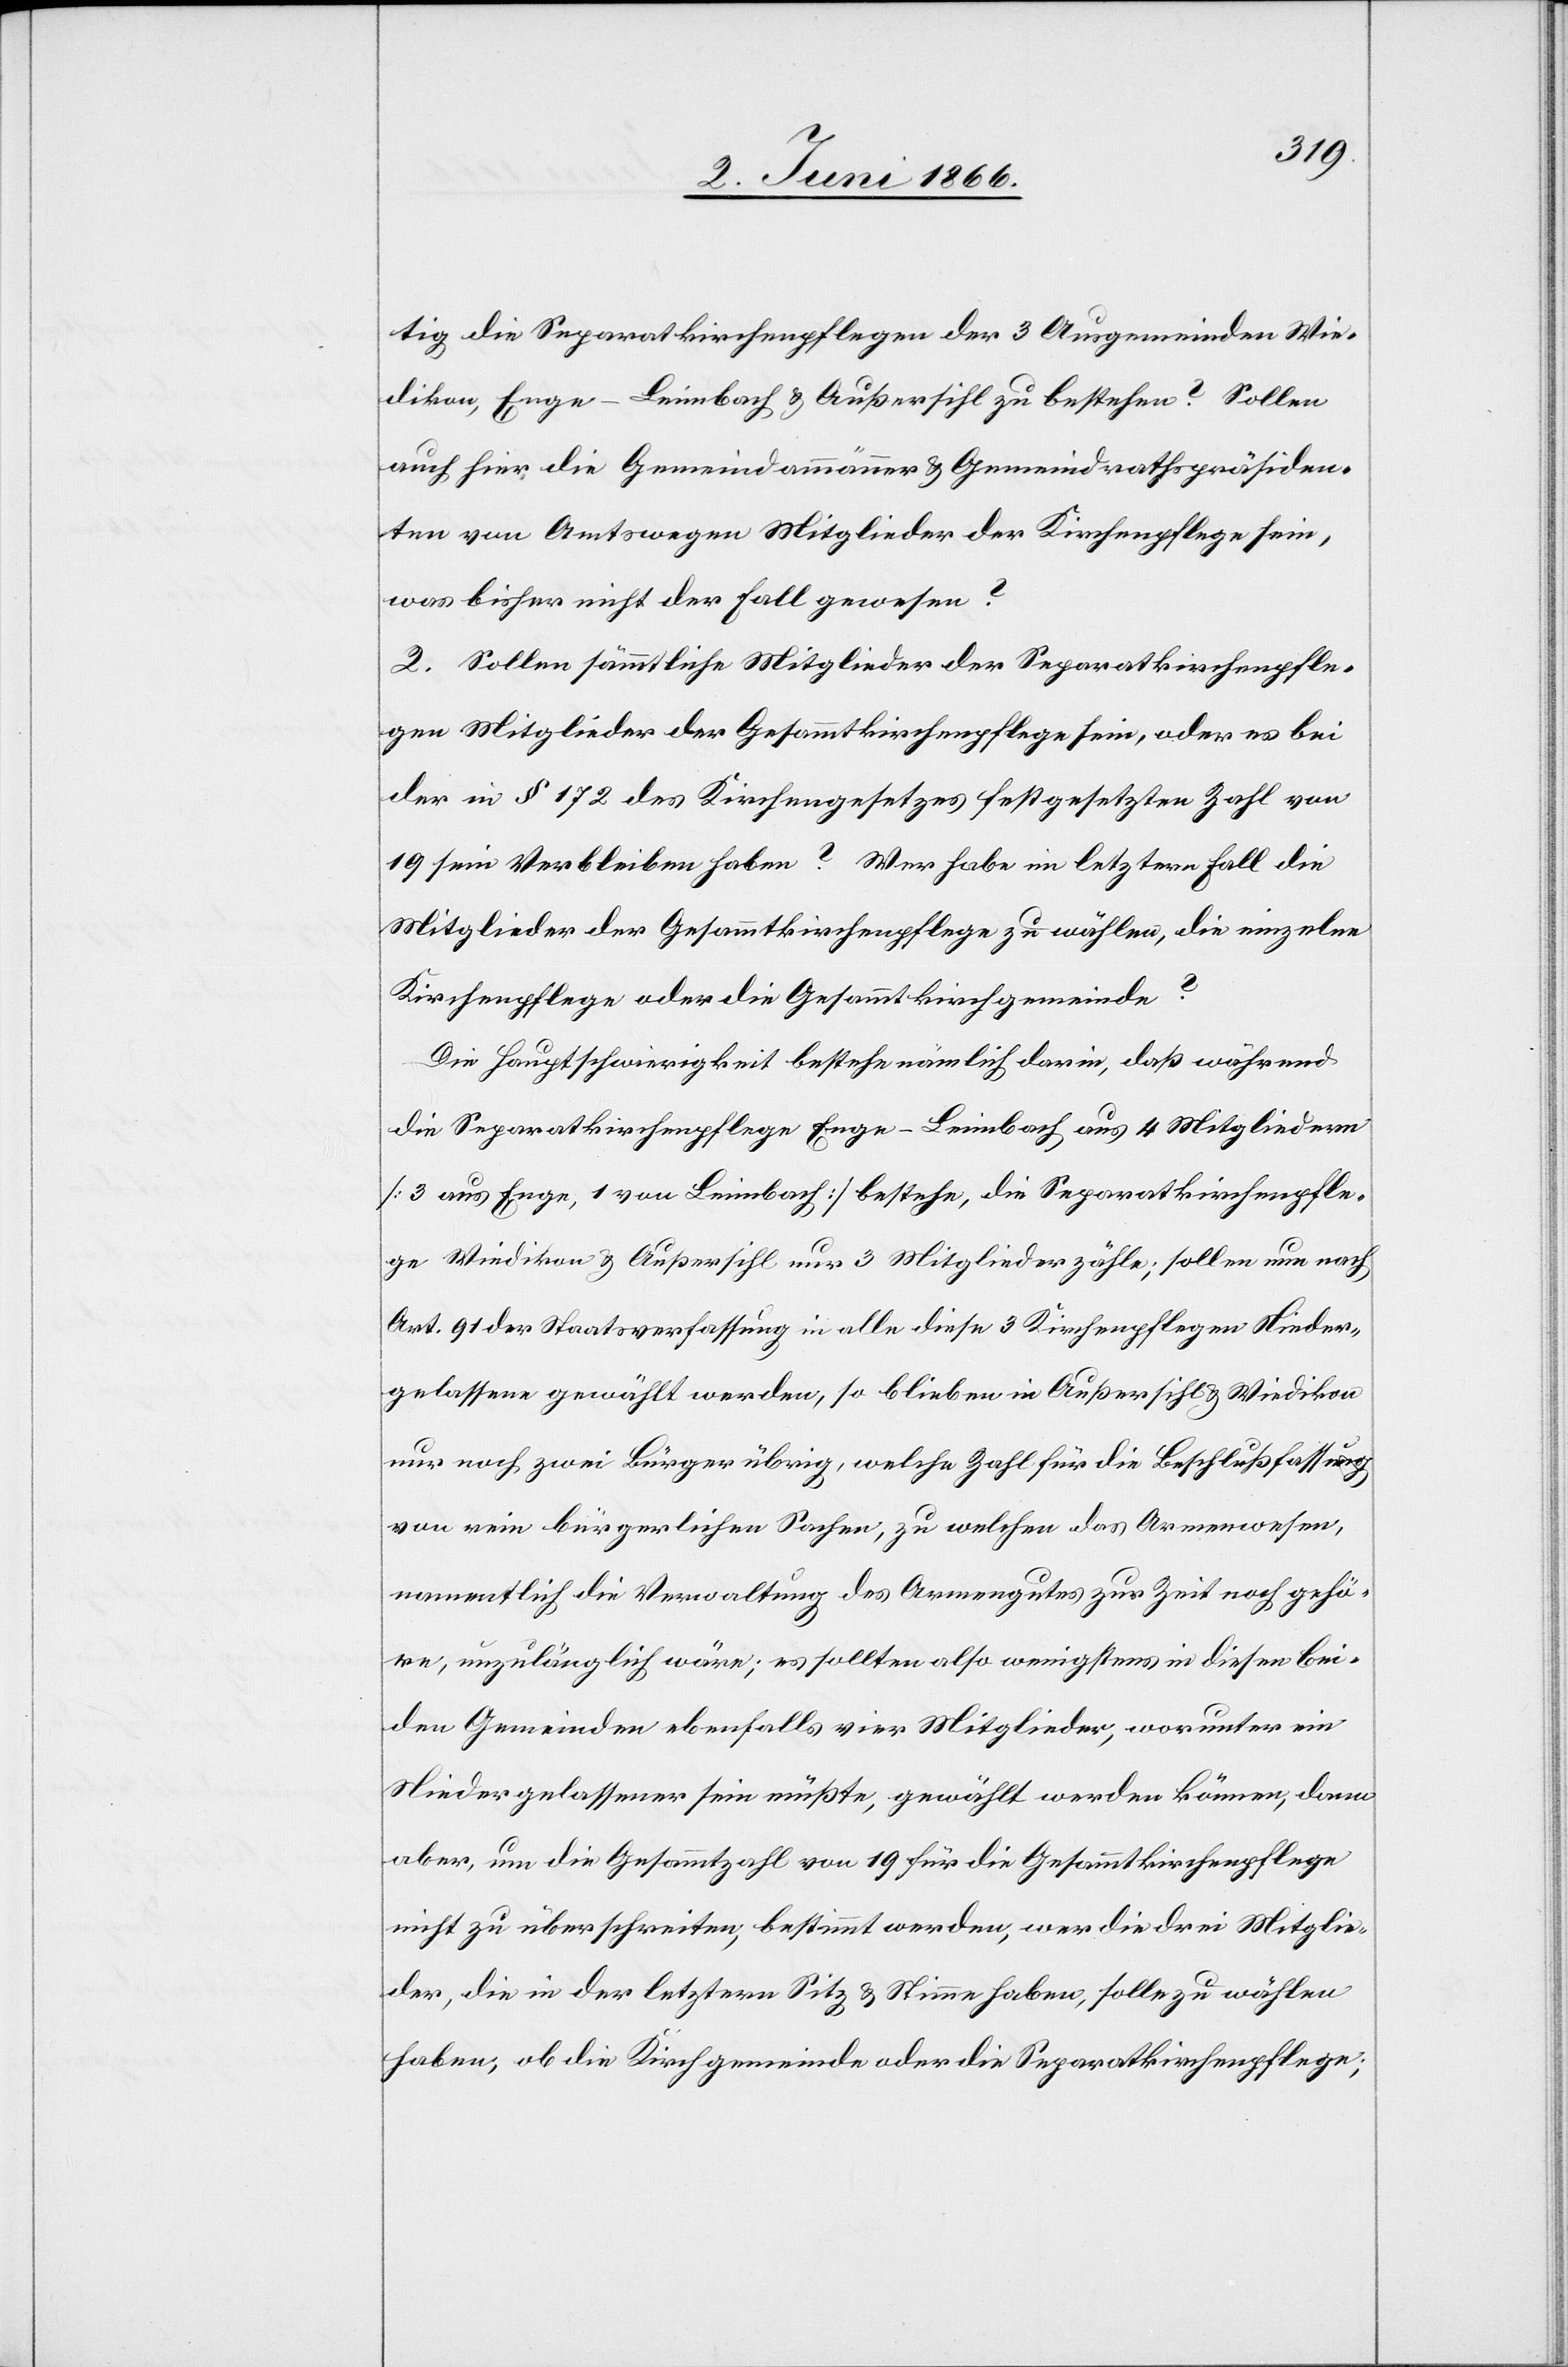
tig die Separatkirchenpflegen der 3 Ausgemeinden Wie¬
dikon, Enge-Leimbach u. Außersihl zu bestehen? Sollen
auch hier die Gemeindammänner u. Gemeindrathspräsiden¬
ten von Amtswegen Mitglieder der Kirchenpflege sein,
was bisher nicht der Fall gewesen?
2. Sollen sämmtliche Mitglieder der Separatkirchenpfle¬
gen Mitglieder der Gesammtkirchenpflege sein, oder es bei
der in § 172 des Kirchengesetzes festgesetzten Zahl von
19 sein Verbleiben haben? Wer habe in letzterm Fall die
Mitglieder der Gesammtkirchenpflege zu wählen, die einzelne
Kirchenpflege oder die Gesammtkirchenpflege?
Die Hauptschwierigkeit bestehe nämlich darin, daß während
die Separatkirchenpflege Enge-Leimbach aus 4 Mitgliedern
[3 aus Enge, 1 von Leimbach] bestehe, die Separatkirchenpfle¬
ge[n] Wiedikon u. Außersihl nur 3 Mitglieder zähle; sollen nun nach
Art. 91 der Staatsverfassung in alle diese 3 Kirchenpflegen Nieder¬
gelassene gewählt werden, so blieben in Außersihl u. Wiedikon
nur noch zwei Bürger übrig, welche Zahl für die Beschlußfassung
von rein bürgerlichen Sachen, zu welchen das Armenwesen,
namentlich die Verwaltung des Armengutes zur Zeit noch gehö¬
re, unzulänglich wäre; es sollten also wenigstens in diesen bei¬
den Gemeinden ebenfalls vier Mitglieder, worunter ein
Niedergelassener sein müßte, gewählt werden können, dann
aber, um die Gesammtzahl von 19 für die Gesammtkirchenpflege
nicht zu überschreiten, bestimmt werden, wer die drei Mitglie¬
der, die in der letztern Sitz u. Stimme haben, solle zu wählen
haben, ob die Kirchgemeinde oder die Separatkirchenpflege;